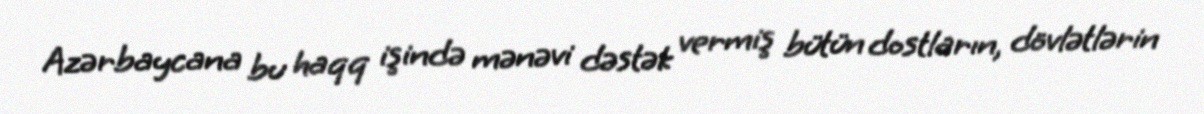
Azərbaycana bu haqq işində mənəvi dəstək vermiş bütün dostların, dövlətlərin